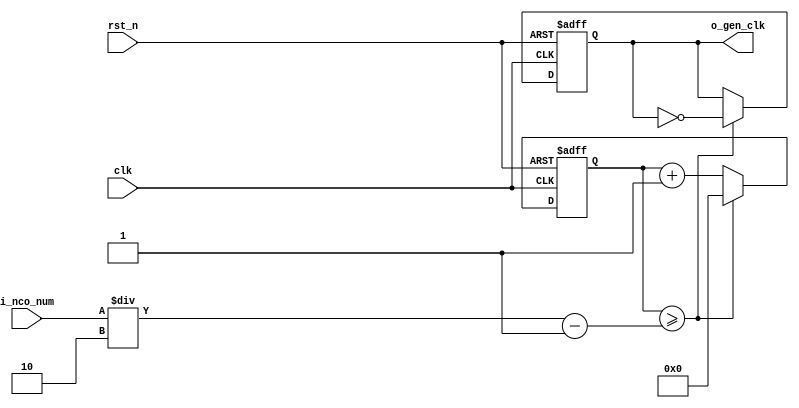
//	==================================================
//	Copyright (c) 2019 Sookmyung Women's University.
//	--------------------------------------------------
//	DEPARTMENT		: EE
//	--------------------------------------------------
//	RELEASE HISTORY
//	--------------------------------------------------
//	VERSION			DATE
//	0.0			2019-11-09
//	--------------------------------------------------
//	PURPOSE			: Digital Clock
//	==================================================

//	--------------------------------------------------
//	Numerical Controlled Oscillator
//	Hz of o_gen_clk = Clock Hz / num
//	--------------------------------------------------
module	nco(	
		o_gen_clk,
		i_nco_num,
		clk,
		rst_n);

output		o_gen_clk	;	// 1Hz CLK

input	[31:0]	i_nco_num	;
input		clk		;	// 50Mhz CLK
input		rst_n		;

reg	[31:0]	cnt		;
reg		o_gen_clk	;

always @(posedge clk or negedge rst_n) begin
	if(rst_n == 1'b0) begin
		cnt		<= 32'd0;
		o_gen_clk	<= 1'd0	;
	end else begin
		if(cnt >= i_nco_num/2-1) begin
			cnt 	<= 32'd0;
			o_gen_clk	<= ~o_gen_clk;
		end else begin
			cnt <= cnt + 1'b1;
		end
	end
end

endmodule

//	--------------------------------------------------
//	Flexible Numerical Display Decoder
//	--------------------------------------------------
module	fnd_dec(
		o_seg,
		i_num);

output	[6:0]	o_seg		;	// {o_seg_a, o_seg_b, ... , o_seg_g}

input	[3:0]	i_num		;
reg	[6:0]	o_seg		;
//making
always @(i_num) begin 
 	case(i_num) 
 		4'd0 : o_seg = 7'b111_1110	; 
 		4'd1 : o_seg = 7'b011_0000	; 
 		4'd2 : o_seg = 7'b110_1101	; 
 		4'd3 : o_seg = 7'b111_1001	; 
 		4'd4 : o_seg = 7'b011_0011	; 
 		4'd5 : o_seg = 7'b101_1011	; 
 		4'd6 : o_seg = 7'b101_1111	; 
 		4'd7 : o_seg = 7'b111_0000	; 
 		4'd8 : o_seg = 7'b111_1111	; 
 		4'd9 : o_seg = 7'b111_0011	; 
		default : o_seg = 7'b000_0000	; 
	endcase 
end


endmodule

//	--------------------------------------------------
//	0~59 --> 2 Separated Segments
//	--------------------------------------------------
module	double_fig_sep(
		o_left,
		o_right,
		i_double_fig);

output	[3:0]	o_left		;
output	[3:0]	o_right		;

input	[5:0]	i_double_fig	;

assign		o_left	= i_double_fig / 10	;
assign		o_right	= i_double_fig % 10	;

endmodule

//	--------------------------------------------------
//	0~59 --> 2 Separated Segments
//	--------------------------------------------------
module	led_disp(
		o_seg,
		o_seg_dp,
		o_seg_enb,
		i_six_digit_seg,
		i_six_dp,
		clk,
		rst_n);

output	[5:0]	o_seg_enb		;
output		o_seg_dp		;
output	[6:0]	o_seg			;

input	[41:0]	i_six_digit_seg		;
input	[5:0]	i_six_dp		;
input		clk			;
input		rst_n			;

wire		gen_clk		;

nco		u_nco(
		.o_gen_clk	( gen_clk	),
		.i_nco_num	( 32'd5000	),
		.clk		( clk		),
		.rst_n		( rst_n		));


reg	[3:0]	cnt_common_node	;

always @(posedge gen_clk or negedge rst_n) begin
	if(rst_n == 1'b0) begin
		cnt_common_node <= 4'd0;
	end else begin
		if(cnt_common_node >= 4'd5) begin
			cnt_common_node <= 4'd0;
		end else begin
			cnt_common_node <= cnt_common_node + 1'b1;
		end
	end
end

reg	[5:0]	o_seg_enb		;

always @(cnt_common_node) begin
	case (cnt_common_node)
		4'd0 : o_seg_enb = 6'b111110;
		4'd1 : o_seg_enb = 6'b111101;
		4'd2 : o_seg_enb = 6'b111011;
		4'd3 : o_seg_enb = 6'b110111;
		4'd4 : o_seg_enb = 6'b101111;
		4'd5 : o_seg_enb = 6'b011111;
	endcase
end

reg		o_seg_dp		;

always @(cnt_common_node) begin
	case (cnt_common_node)
		4'd0 : o_seg_dp = i_six_dp[0];
		4'd1 : o_seg_dp = i_six_dp[1];
		4'd2 : o_seg_dp = i_six_dp[2];
		4'd3 : o_seg_dp = i_six_dp[3];
		4'd4 : o_seg_dp = i_six_dp[4];
		4'd5 : o_seg_dp = i_six_dp[5];
	endcase
end

reg	[6:0]	o_seg			;

always @(cnt_common_node) begin
	case (cnt_common_node)
		4'd0 : o_seg = i_six_digit_seg[6:0];
		4'd1 : o_seg = i_six_digit_seg[13:7];
		4'd2 : o_seg = i_six_digit_seg[20:14];
		4'd3 : o_seg = i_six_digit_seg[27:21];
		4'd4 : o_seg = i_six_digit_seg[34:28];
		4'd5 : o_seg = i_six_digit_seg[41:35];
	endcase
end

endmodule

//	--------------------------------------------------
//	HMS(Hour:Min:Sec) Counter
//	--------------------------------------------------
module	hms_cnt(
		o_hms_cnt,
		o_max_hit,
		i_max_cnt,
		clk,
		rst_n);

output	[5:0]	o_hms_cnt		;
output		o_max_hit		;

input	[5:0]	i_max_cnt		;
input		clk			;
input		rst_n			;

reg	[5:0]	o_hms_cnt		;
reg		o_max_hit		;
always @(posedge clk or negedge rst_n) begin
	if(rst_n == 1'b0) begin
		o_hms_cnt <= 6'd0;
		o_max_hit <= 1'b0;
	end else begin
		if(o_hms_cnt >= i_max_cnt) begin
			o_hms_cnt <= 6'd0;
			o_max_hit <= 1'b1;
		end else begin
			o_hms_cnt <= o_hms_cnt + 1'b1;
			o_max_hit <= 1'b0;
		end
	end
end

endmodule

module  debounce(
		o_sw,
		i_sw,
		clk);
output		o_sw			;

input		i_sw			;
input		clk			;

reg		dly1_sw			;
always @(posedge clk) begin
	dly1_sw <= i_sw;
end

reg		dly2_sw			;
always @(posedge clk) begin
	dly2_sw <= dly1_sw;
end

assign		o_sw = dly1_sw | ~dly2_sw;

endmodule

//	--------------------------------------------------
//	Clock Controller
//	--------------------------------------------------
module	controller(
		o_mode,
		o_position,
		o_sec_clk,
		o_min_clk,
		i_max_hit_sec,
		i_max_hit_min,
		i_sw0,
		i_sw1,
		i_sw2,
		clk,
		rst_n);

output		o_mode			;
output		o_position		;
output		o_sec_clk		;
output		o_min_clk		;

input		i_max_hit_sec		;
input		i_max_hit_min		;

input		i_sw0			;
input		i_sw1			;
input		i_sw2			;

input		clk			;
input		rst_n			;

parameter	MODE_CLOCK = 1'b0	;
parameter	MODE_SETUP = 1'b1	;

parameter	POS_SEC	= 1'b0		;
parameter	POS_MIN	= 1'b1		;

wire		clk_100hz		;
nco		u0_nco(
		.o_gen_clk	( clk_100hz	),
		.i_nco_num	( 32'd500000	),
		.clk		( clk		),
		.rst_n		( rst_n		));

wire		sw0			;
debounce	u0_debounce(
		.o_sw		( sw0		),
		.i_sw		( i_sw0		),
		.clk		( clk_100hz	));

wire		sw1			;
debounce	u1_debounce(
		.o_sw		( sw1		),
		.i_sw		( i_sw1		),
		.clk		( clk_100hz	));

wire		sw2			;
debounce	u2_debounce(
		.o_sw		( sw2		),
		.i_sw		( i_sw2		),
		.clk		( clk_100hz	));

reg		o_mode			;
always @(posedge sw0 or negedge rst_n) begin
	if(rst_n == 1'b0) begin
		o_mode <= MODE_CLOCK;
	end else begin
		o_mode <= o_mode + 1'b1;
	end
end

reg		o_position		;
always @(posedge sw1 or negedge rst_n) begin
	if(rst_n == 1'b0) begin
		o_position <= POS_SEC;
	end else begin
		o_position <= o_position + 1'b1;
	end
end

wire		clk_1hz			;
nco		u1_nco(
		.o_gen_clk	( clk_1hz	),
		.i_nco_num	( 32'd50000000	),
		.clk		( clk		),
		.rst_n		( rst_n		));

reg		o_sec_clk		;
reg		o_min_clk		;
always @(*) begin
	case(o_mode)
		MODE_CLOCK : begin
			o_sec_clk = clk_1hz;
			o_min_clk = i_max_hit_sec;
		end
		MODE_SETUP : begin
			case(o_position)
				POS_SEC : begin
					o_sec_clk = ~sw2;
					o_min_clk = 1'b0;
				end
				POS_MIN : begin
					o_sec_clk = 1'b0;
					o_min_clk = ~sw2;
				end
			endcase
		end
	endcase
end

endmodule

//	--------------------------------------------------
//	HMS(Hour:Min:Sec) Counter
//	--------------------------------------------------
module	minsec(	
    o_sec,
		o_min,
		o_max_hit_sec,
		o_max_hit_min,
		i_sec_clk,
		i_min_clk,
		clk,
		rst_n);

output	[5:0]	o_sec		;
output	[5:0]	o_min		;
output		o_max_hit_sec	;
output		o_max_hit_min	;

input		i_sec_clk	;
input		i_min_clk	;

input		clk		;
input		rst_n		;

hms_cnt		u0_hms_cnt(
		.o_hms_cnt	( o_sec		),
		.o_max_hit	( o_max_hit_sec	),
		.i_max_cnt	( 6'd59		),
		.clk		( i_sec_clk	),
		.rst_n		( rst_n		));

hms_cnt		u1_hms_cnt(
		.o_hms_cnt	( o_min		),
		.o_max_hit	( o_max_hit_min	),
		.i_max_cnt	( 6'd59		),
		.clk		( i_min_clk	),
		.rst_n		( rst_n		));

endmodule

module	top_hms_clock(
		o_seg_enb,
		o_seg_dp,
		o_seg,
		i_sw0,
		i_sw1,
		i_sw2,
		clk,
		rst_n);

output	[5:0]	o_seg_enb	;
output	     	o_seg_dp	;
output	[6:0]	o_seg		;

input		i_sw0		;
input		i_sw1		;
input		i_sw2		;
input		clk		;
input		rst_n	;


wire o_min_clk ;
wire o_sec_clk ;
wire o_max_hit_sec;
wire o_max_hit_min;

controller u_ctrl(
 					.o_mode          (	o_mode			),
					.o_position      (	o_position		),
					.o_sec_clk       (	o_sec_clk		),
					.o_min_clk       (	o_min_clk		),
					.i_max_hit_sec   (	o_max_hit_sec	),
					.i_max_hit_min   (	o_max_hit_min	),
					.i_sw0           (	i_sw0			),
					.i_sw1           (	i_sw1			),
					.i_sw2           (	i_sw2			),
					.clk             (	clk				),
					.rst_n           (	rst_n			));
                   
wire  [5:0] o_min ;
wire  [5:0] o_sec ;                   

minsec    u_minsec(
                    .i_min_clk      (	o_min_clk		),
                    .i_sec_clk      (	o_sec_clk		),
                    .clk            (	clk				),
		            .rst_n          (	rst_n			),
                    .o_max_hit_min  (	o_max_hit_min	),
                    .o_max_hit_sec  (	o_max_hit_sec	),
                    .o_min          (	o_min			),
                    .o_sec          (	o_sec			));
                    
wire   [3:0] o_left0 ;
wire   [3:0] o_right0; 

double_fig_sep u0_dfs ( 
                        .o_left         ( o_left0    ),
                        .o_right        ( o_right0   ),
                        .i_double_fig   ( o_sec      ));
                        
wire   [3:0] o_left1 ;
wire   [3:0] o_right1;                        

double_fig_sep u1_dfs ( 
                        .o_left         ( o_left1    ),
                        .o_right        ( o_right1   ),
                        .i_double_fig   ( o_min      ));
                        

wire   [6:0] o_seg0;

fnd_dec u0_fnd_dec (
                    .o_seg      ( o_seg0	),
                    .i_num      ( o_left0	)); 
                    
wire   [6:0] o_seg1;                    

fnd_dec u1_fnd_dec (
                    .o_seg      ( o_seg1	),
                    .i_num      ( o_right0	));

wire   [6:0] o_seg2; 

fnd_dec u2_fnd_dec (
                    .o_seg      ( o_seg2	),
                    .i_num      ( o_left1	));

wire   [6:0] o_seg3; 

fnd_dec u3_fnd_dec (
                    .o_seg      ( o_seg3	),
                    .i_num      ( o_right1	));
                    

wire   [6:0]  o_seg           ; 
wire          o_seg_dp        ;
wire   [5:0]  o_seg_enb       ;                
wire   [41:0] i_six_digit_seg ;

assign i_six_digit_seg = {o_seg2, o_seg3, o_seg0, o_seg1 };


led_disp u_led_disp (
                     	.o_seg            (  o_seg           ),
                      	.o_seg_dp         (  o_seg_dp        ),
                      	.o_seg_enb        (  o_seg_enb       ),
						.i_six_digit_seg  ( i_six_digit_seg  ),
                      	.i_six_dp         ( 6'd0             ),
                      	.clk              ( clk              ),
                      	.rst_n            ( rst_n            )); 

endmodule